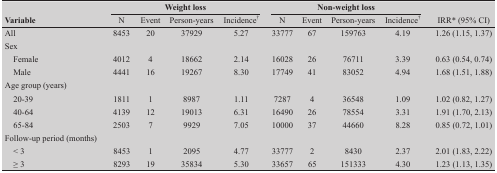
<table><thead><tr><td rowspan="2"><b>Variable</b></td><td colspan="4"><b>Weight loss</b></td><td colspan="4"><b>Non-weight loss</b></td><td></td></tr><tr><td><b>N</b></td><td><b>Event</b></td><td><b>Person-years</b></td><td><b>Incidence†</b></td><td><b>N</b></td><td><b>Event</b></td><td><b>Person-years</b></td><td><b>Incidence†</b></td><td><b>IRR* (95% CI)</b></td></tr></thead><tbody><tr><td>All</td><td>8453</td><td>20</td><td>37929</td><td>5.27</td><td>33777</td><td>67</td><td>159763</td><td>4.19</td><td>1.26 (1.15, 1.37)</td></tr><tr><td>Sex</td><td></td><td></td><td></td><td></td><td></td><td></td><td></td><td></td><td></td></tr><tr><td>Female</td><td>4012</td><td>4</td><td>18662</td><td>2.14</td><td>16028</td><td>26</td><td>76711</td><td>3.39</td><td>0.63 (0.54, 0.74)</td></tr><tr><td>Male</td><td>4441</td><td>16</td><td>19267</td><td>8.30</td><td>17749</td><td>41</td><td>83052</td><td>4.94</td><td>1.68 (1.51, 1.88)</td></tr><tr><td>Age group (years)</td><td></td><td></td><td></td><td></td><td></td><td></td><td></td><td></td><td></td></tr><tr><td>20-39</td><td>1811</td><td>1</td><td>8987</td><td>1.11</td><td>7287</td><td>4</td><td>36548</td><td>1.09</td><td>1.02 (0.82, 1.27)</td></tr><tr><td>40-64</td><td>4139</td><td>12</td><td>19013</td><td>6.31</td><td>16490</td><td>26</td><td>78554</td><td>3.31</td><td>1.91 (1.70, 2.13)</td></tr><tr><td>65-84</td><td>2503</td><td>7</td><td>9929</td><td>7.05</td><td>10000</td><td>37</td><td>44660</td><td>8.28</td><td>0.85 (0.72, 1.01)</td></tr><tr><td>Follow-up period (months)</td><td></td><td></td><td></td><td></td><td></td><td></td><td></td><td></td><td></td></tr><tr><td>&lt;3</td><td>8453</td><td>1</td><td>2095</td><td>4.77</td><td>33777</td><td>2</td><td>8430</td><td>2.37</td><td>2.01 (1.83, 2.22)</td></tr><tr><td>≥3</td><td>8293</td><td>19</td><td>35834</td><td>5.30</td><td>33657</td><td>65</td><td>151333</td><td>4.30</td><td>1.23 (1.13, 1.35)</td></tr></tbody></table>